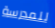
للمدرسة